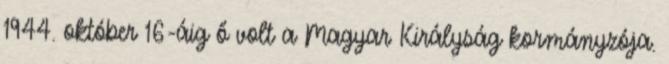
1944. október 16-áig ő volt a Magyar Királyság kormányzója.